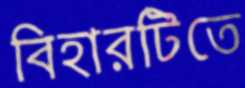
বিহারটিতে